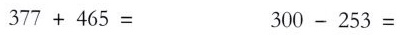
$$3 7 7 + 4 6 5 =$$ $$0 0 - 2 5 3 =$$